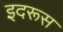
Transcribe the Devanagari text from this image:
इदरूस